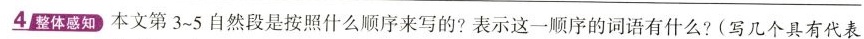
4整体感知本文第3~5自然段是按照什么顺序来写的?表示这一顺序的词语有什么?(写几个具有代表